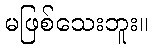
မဖြစ်သေးဘူး။